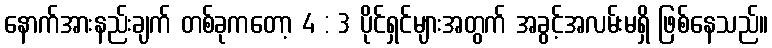
နောက်အားနည်းချက် တစ်ခုကတော့ 4 : 3 ပိုင်ရှင်များအတွက် အခွင့်အလမ်းမရှိ ဖြစ်နေသည်။